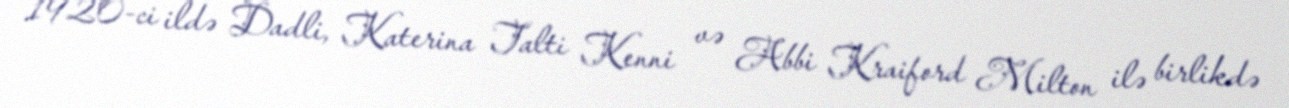
1920-ci ildə Dadli, Katerina Talti Kenni və Abbi Kraiford Milton ilə birlikdə